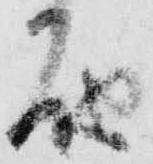
届